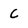
Character: C